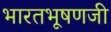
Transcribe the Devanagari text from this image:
भारतभूषणजी